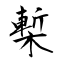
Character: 槧